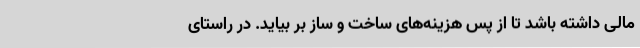
مالی داشته باشد تا از پس هزینه‌های ساخت و ساز بر بیاید. در راستای